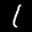
Label: 1